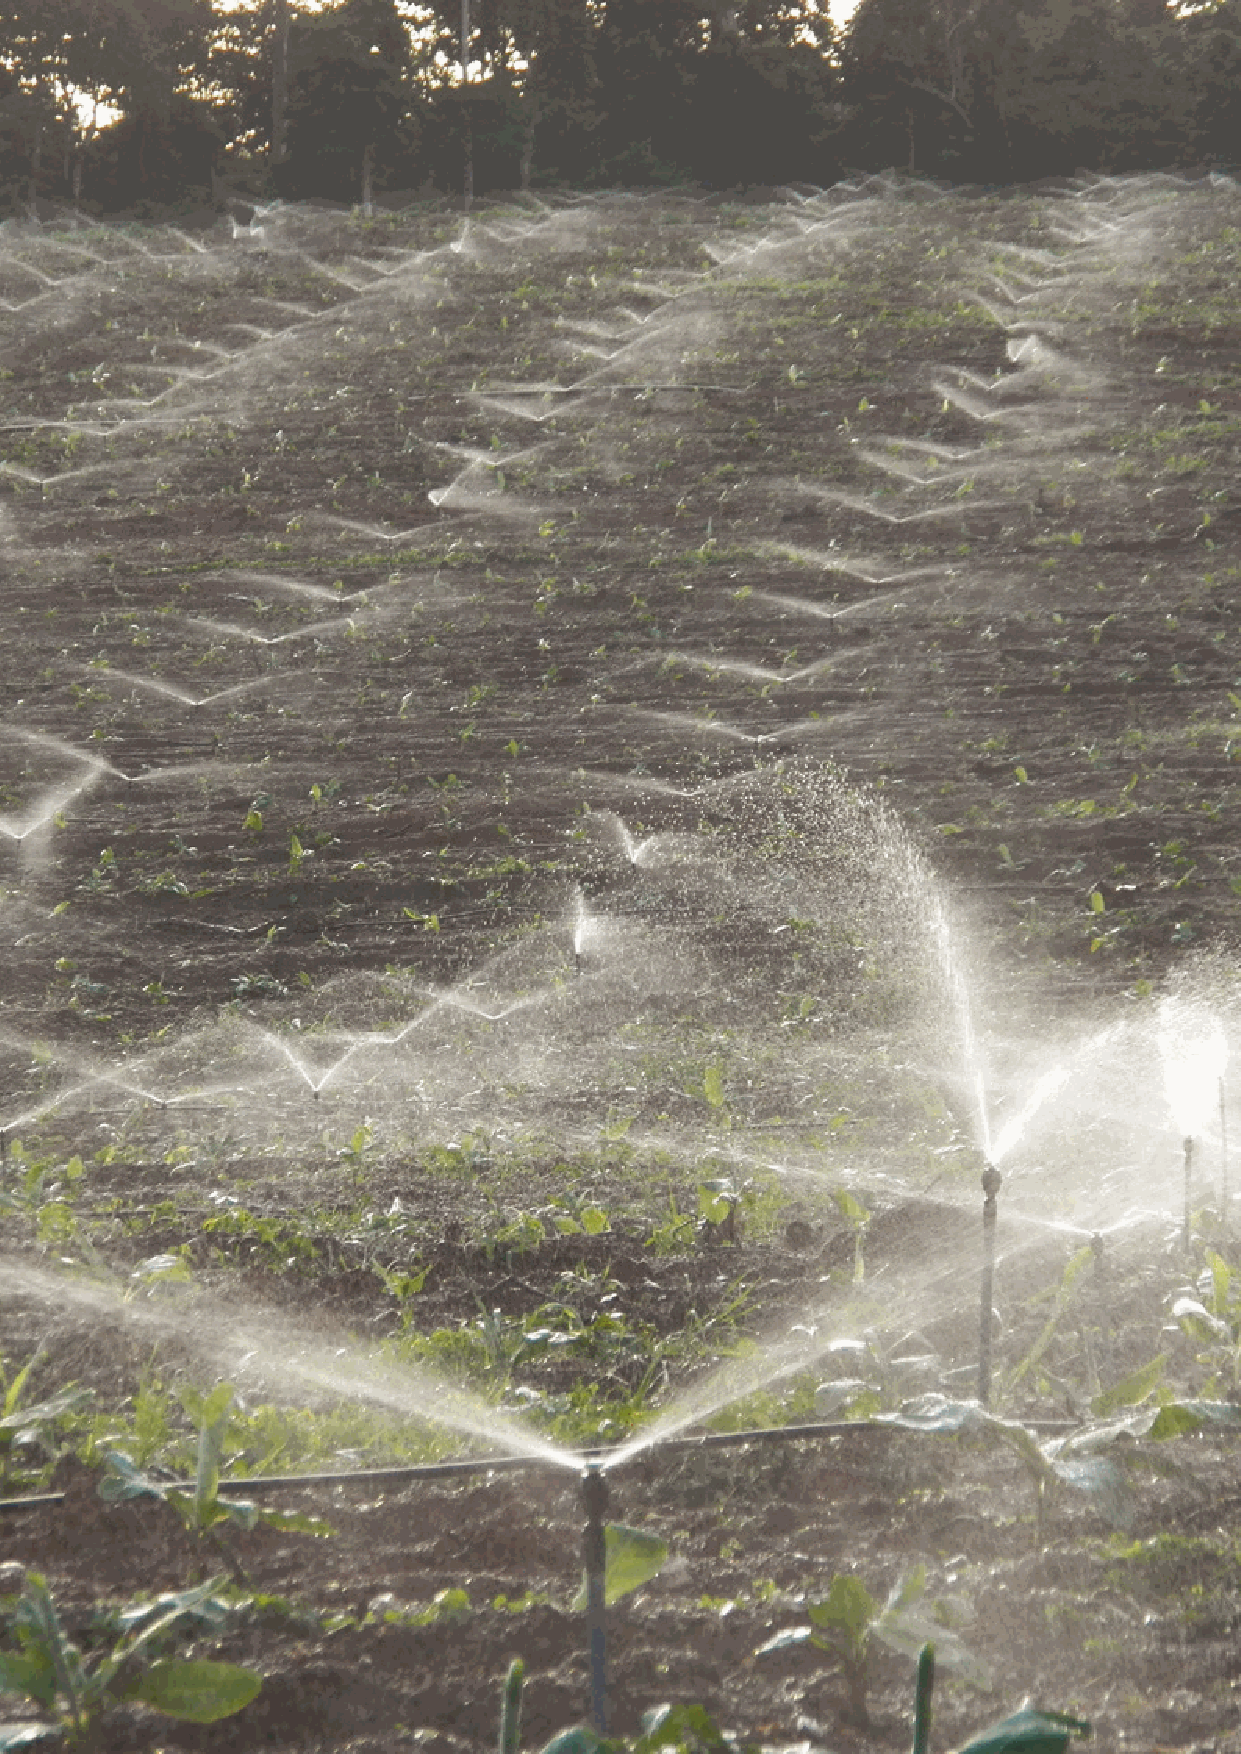
SPRINKLERS 2019 V1.0           MEGANE T™ 15D                       103